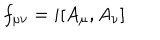
f _ { \mu \nu } = i [ A _ { \mu } , A _ { \nu } ]